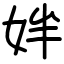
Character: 姅